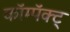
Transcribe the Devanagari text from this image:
कॉम्पॅक्ट्